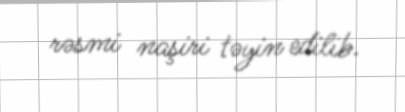
rəsmi naşiri təyin edilib.